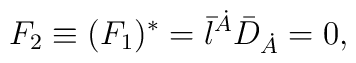
F_2 \equiv (F_1)^*= \bar{\l}^{\dot{A}} {\bar{D}}_{\dot{A}}= 0,